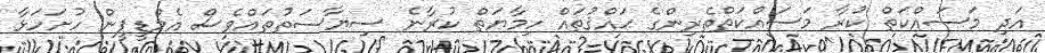
އަދި މަސައްކަތް ކުރާ މަސައްކަތްތެރިންގެ ޙައްޤުތައް ހިމާޔަތް ކުރާނެ ސިޔާސަތުތައްވެސް އެމްޑީޕީން ހުށަހަޅާ